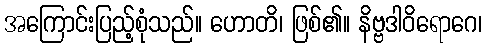
အကြောင်းပြည့်စုံသည်။ ဟောတိ၊ ဖြစ်၏။ နိဗ္ဗဒါဝိရောဂေ၊